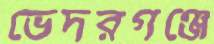
ভেদরগঞ্জে